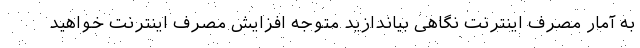
به آمار مصرف اینترنت نگاهی بیاندازید متوجه افزایش مصرف اینترنت خواهید